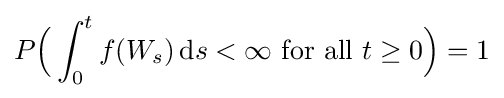
P{\Big (}\int _{0}^{t}f(W_{s})\,\mathrm {d} s<\infty {\text{ for all }}t\geq 0{\Big )}=1